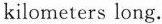
kilometers long.